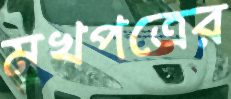
মুখপত্রের